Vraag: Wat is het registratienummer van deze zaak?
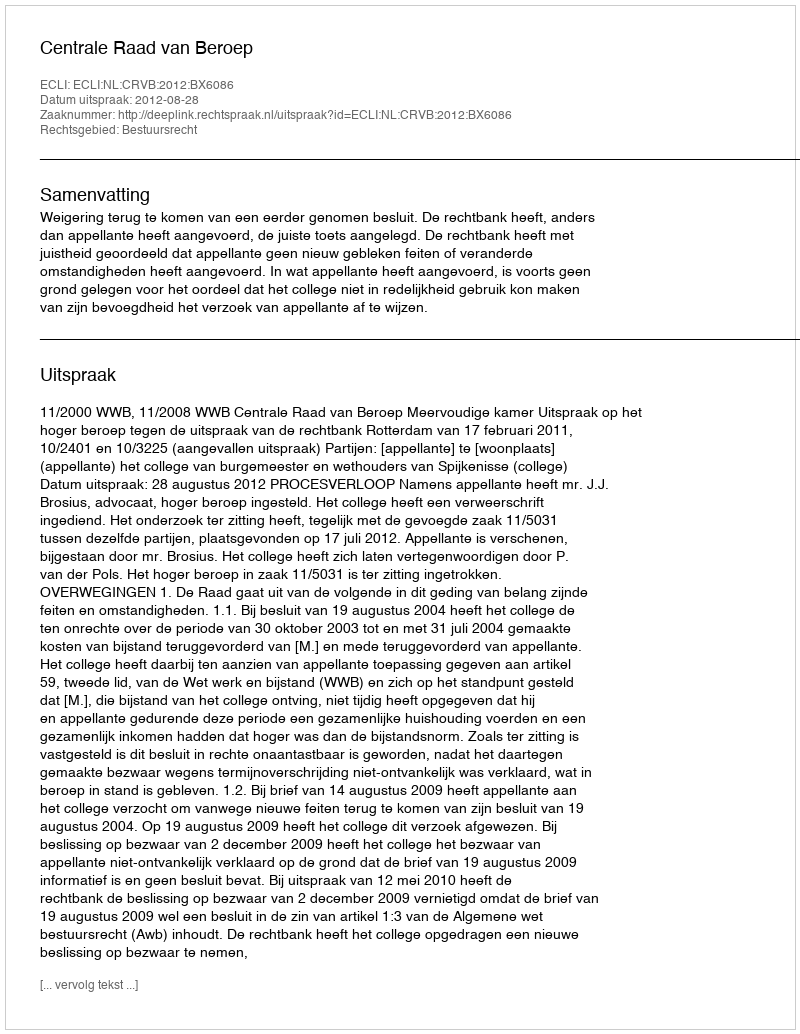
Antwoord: http://deeplink.rechtspraak.nl/uitspraak?id=ECLI:NL:CRVB:2012:BX6086